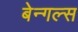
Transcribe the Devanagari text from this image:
बेन्गल्स